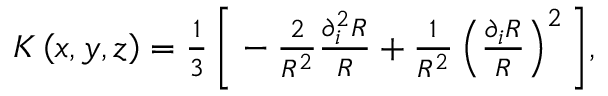
\begin{array} { r } { K \left( x , y , z \right) = \frac { 1 } { 3 } \, \bigg [ - \frac { 2 } { R ^ { 2 } } \frac { \partial _ { i } ^ { 2 } R } { R } + \frac { 1 } { R ^ { 2 } } \left( \frac { \partial _ { i } R } { R } \right) ^ { 2 } \bigg ] , } \end{array}